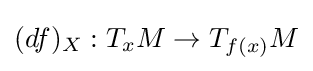
(df)_{X}:T_{x}M\to T_{f(x)}M